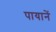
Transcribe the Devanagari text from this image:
पायानें